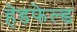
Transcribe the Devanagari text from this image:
हेडफेल्ड